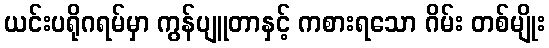
ယင်းပရိုဂရမ်မှာ ကွန်ပျူတာနှင့် ကစားရသော ဂိမ်း တစ်မျိုး